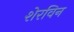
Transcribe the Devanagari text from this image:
शेरविन